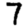
Digit: 7